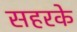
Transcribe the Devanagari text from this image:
सहरके